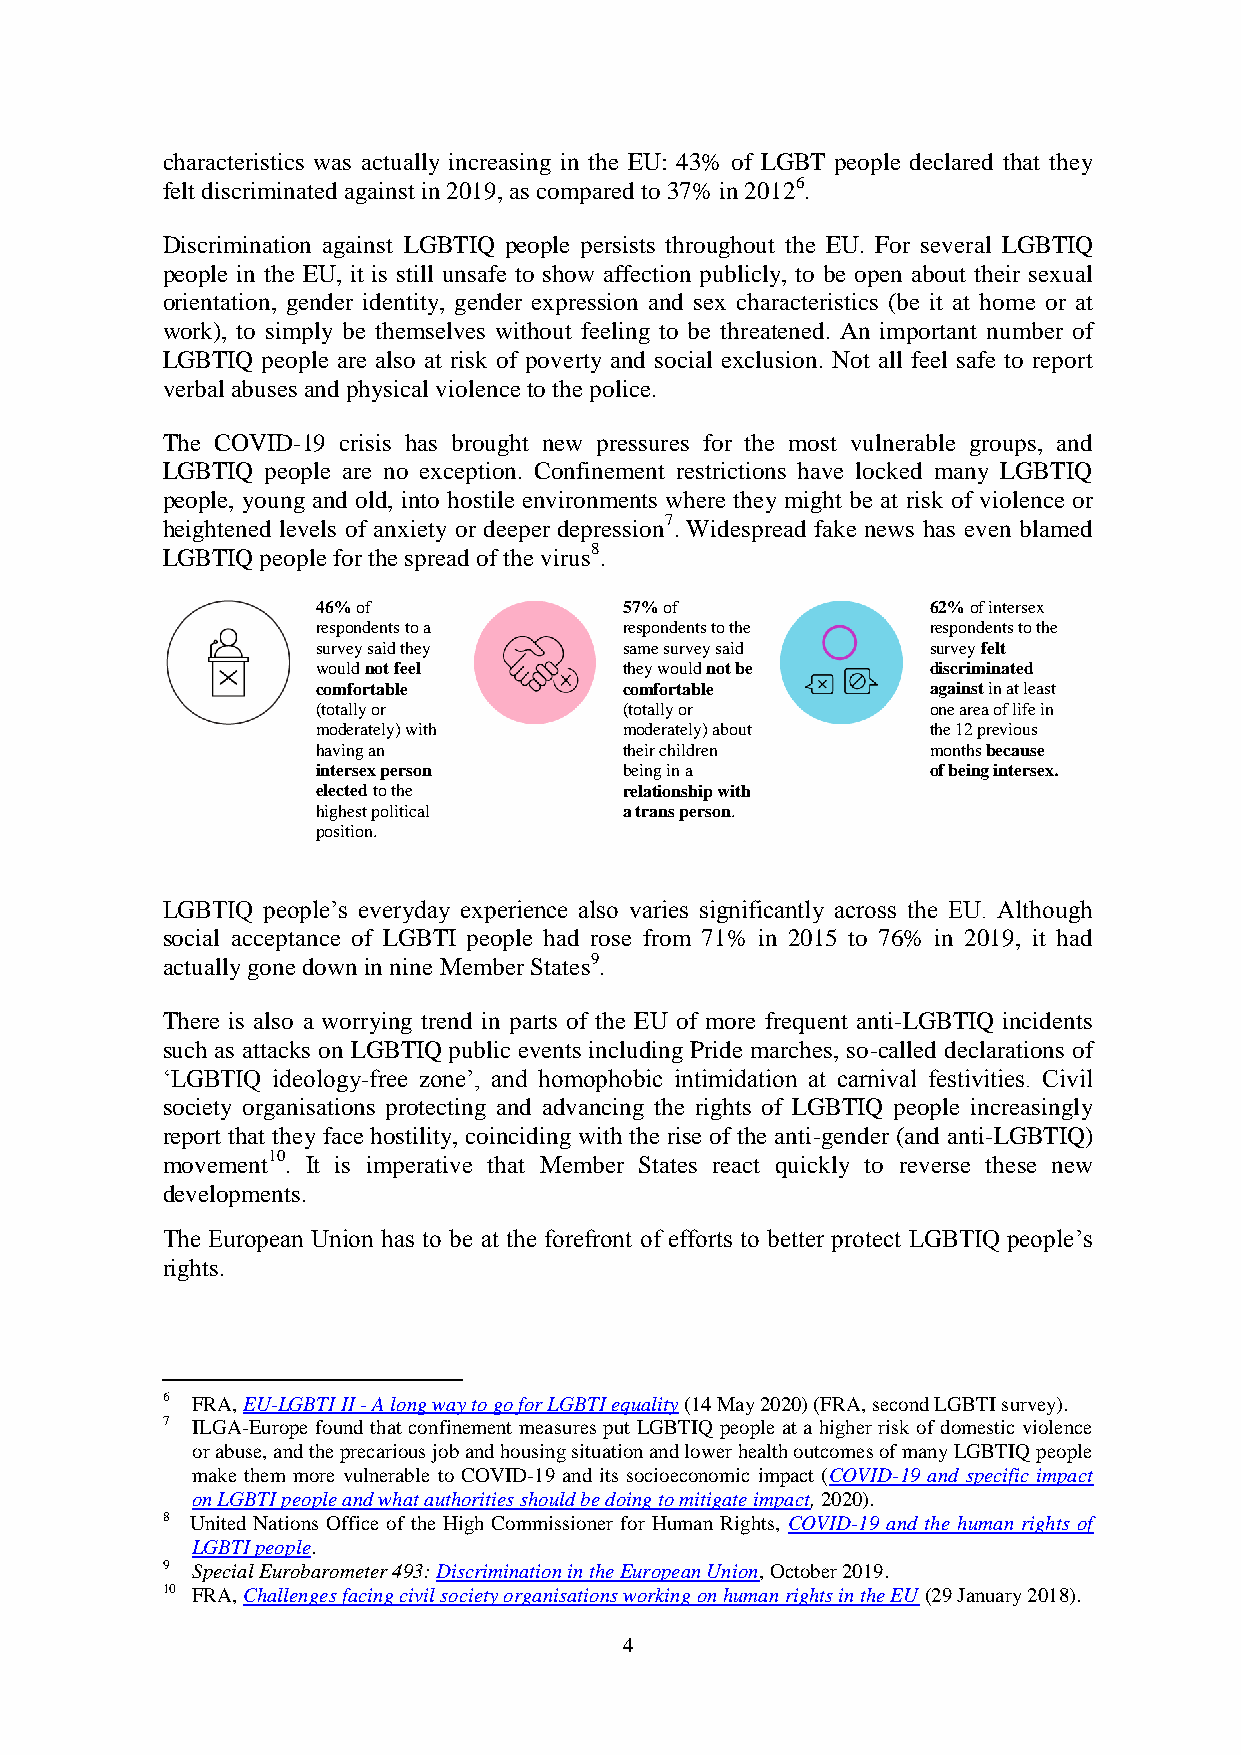
characteristics was actually increasing in the EU: 43% of LGBT people declared that they
 felt discriminated against in 2019, as compared to 37% in 20126.
 Discrimination against LGBTIQ people persists throughout the EU. For several LGBTIQ
 people in the EU, it is still unsafe to show affection publicly, to be open about their sexual
 orientation, gender identity, gender expression and sex characteristics (be it at home or at
 work), to simply be themselves without feeling to be threatened. An important number of
 LGBTIQ people are also at risk of poverty and social exclusion. Not all feel safe to report
 verbal abuses and physical violence to the police.
 The COVID-19 crisis has brought new pressures for the most vulnerable groups, and
 LGBTIQ people are no exception. Confinement restrictions have locked many LGBTIQ
 people, young and old, into hostile environments where they might be at risk of violence or
 heightened levels of anxiety or deeper depression7. Widespread fake news has even blamed
 LGBTIQ people for the spread of the virus8.
 46% of              57% of               62% of intersex
 respondents to a    respondents to the   respondents to the
 survey said they    same survey said     survey felt
 would not feel      they would not be    discriminated
 comfortable         comfortable          against in at least
 (totally or         (totally or          one area of life in
 moderately) with    moderately) about    the 12 previous
 having an           their children       months because
 intersex person     being in a           of being intersex.
 elected to the      relationship with
 highest political   a trans person.
 position.
 LGBTIQ people’s everyday experience also varies significantly across the EU. Although
 social acceptance of LGBTI people had rose from 71% in 2015 to 76% in 2019, it had
 actually gone down in nine Member States9.
 There is also a worrying trend in parts of the EU of more frequent anti-LGBTIQ incidents
 such as attacks on LGBTIQ public events including Pride marches, so-called declarations of
 ‘LGBTIQ ideology-free zone’, and homophobic intimidation at carnival festivities. Civil
 society organisations protecting and advancing the rights of LGBTIQ people increasingly
 report that they face hostility, coinciding with the rise of the anti-gender (and anti-LGBTIQ)
 movement10. It is imperative that Member States react quickly to reverse these new
 developments.
 The European Union has to be at the forefront of efforts to better protect LGBTIQ people’s
 rights.
 6 FRA, EU-LGBTI II - A long way to go for LGBTI equality (14 May 2020) (FRA, second LGBTI survey).
 7 ILGA-Europe found that confinement measures put LGBTIQ people at a higher risk of domestic violence
 or abuse, and the precarious job and housing situation and lower health outcomes of many LGBTIQ people
 make them more vulnerable to COVID-19 and its socioeconomic impact (COVID-19 and specific impact
 on LGBTI people and what authorities should be doing to mitigate impact, 2020).
 8 United Nations Office of the High Commissioner for Human Rights, COVID-19 and the human rights of
 LGBTI people.
 9 Special Eurobarometer 493: Discrimination in the European Union, October 2019.
 10 FRA, Challenges facing civil society organisations working on human rights in the EU (29 January 2018).
 4